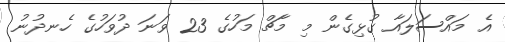
އެ މައްސަލައާ ގުޅިގެން މި މާޗް މަހުގެ 23 ވަނަ ދުވަހުގެ ހެނދުނު